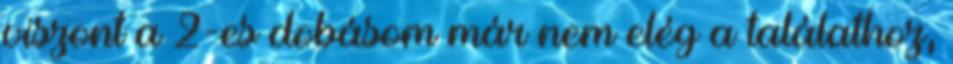
viszont a 2-es dobásom már nem elég a találathoz,